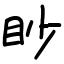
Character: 眇